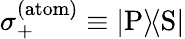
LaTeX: \sigma_{+}^{\mathrm{(atom)}}\equiv{\left|{\mathrm{P}}\right\rangle\! \! \left\langle{\mathrm{S}}\right|}